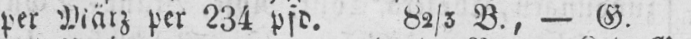
per März per 234 pfd. 82/3 B., - G.